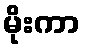
မိုးကာ